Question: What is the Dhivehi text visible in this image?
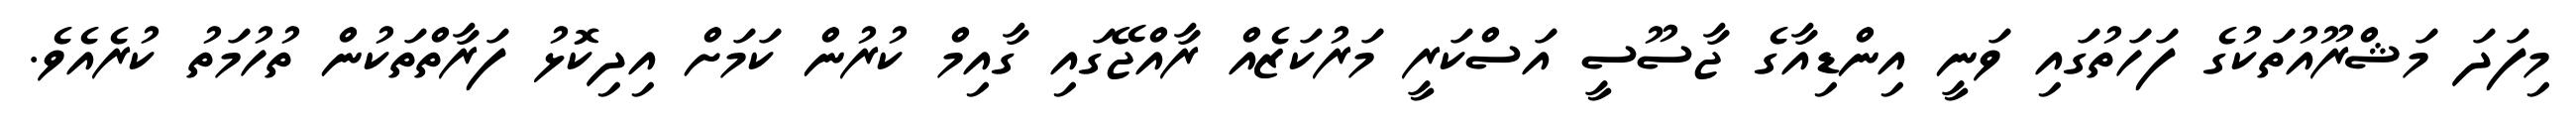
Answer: މިފަދަ މަޝްރޫއުތަކުގެ ފަހަތުގައި ވަނީ އިންޑިއާގެ ޖާސޫސީ އަސްކަރީ މަރުކަޒެއް ރާއްޖޭގައި ގާއިމް ކުރުން ކަމަށް އިދިކޮޅު ފަރާތްތަކުން ތުހުމަތު ކުރެއެވެ.